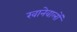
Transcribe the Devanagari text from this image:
खानेवालों